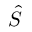
\hat { S }